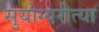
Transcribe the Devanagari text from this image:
सुयोग्यरीत्या